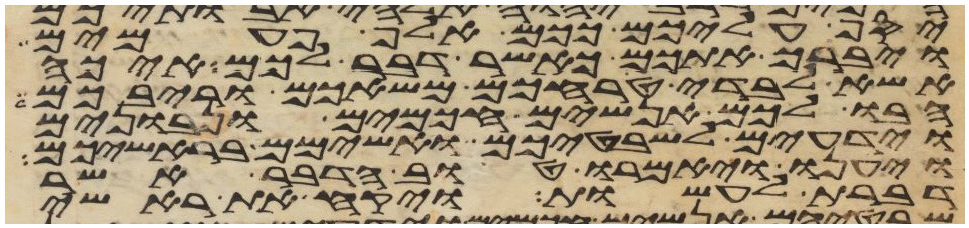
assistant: יסף עליכם ככם אלף פעמים
ויברך אתכם כאשר דבר לכם איכה
אשא לבדי טרחכם משאכם וריבכם
הבו לכם אנשים חכמים ונבונים
וידעים לשבטיכם ואשימם בראשיכם
ויענו ויאמרו טוב הדבר אשר
דברת לעשות ויקח את ראשי